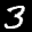
Label: 3